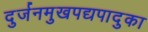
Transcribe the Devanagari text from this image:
दुर्जनमुखपद्यपादुका